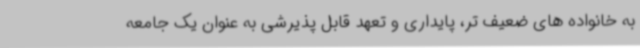
به خانواده های ضعیف تر، پایداری و تعهد قابل پذیرشی به عنوان یک جامعه